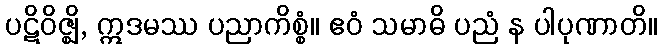
ပဋိဝိဇ္ဈိ, ဣဒမဿ ပညာကိစ္စံ။ ဧဝံ သမာဓိ ပညံ န ပါပုဏာတိ။